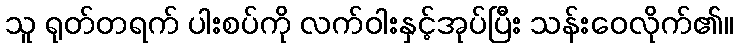
သူ ရုတ်တရက် ပါးစပ်ကို လက်ဝါးနှင့်အုပ်ပြီး သန်းဝေလိုက်၏။